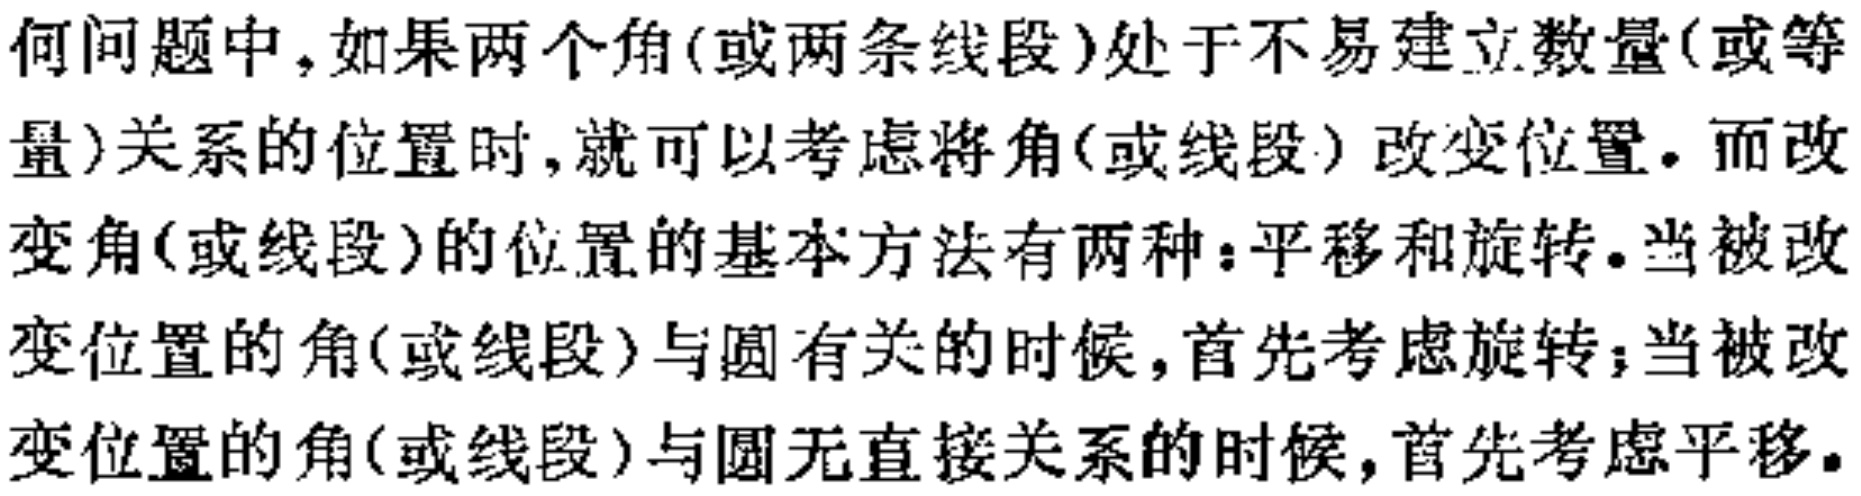
在几何问题中，如果两个角(或两条线段)处于不易建立数量(或等量)关系的位置时，就可以考虑将角(或线段) 改变位置。而改变角(或线段)的位置的基本方法有两种：平移和旋转。当被改变位置的角(或线段)与圆有关的时候，首先考虑旋转；当被改变位置的角(或线段)与圆无直接关系的时候，首先考虑平移。